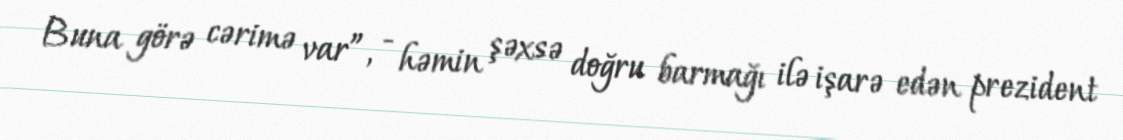
Buna görə cərimə var”, - həmin şəxsə doğru barmağı ilə işarə edən prezident